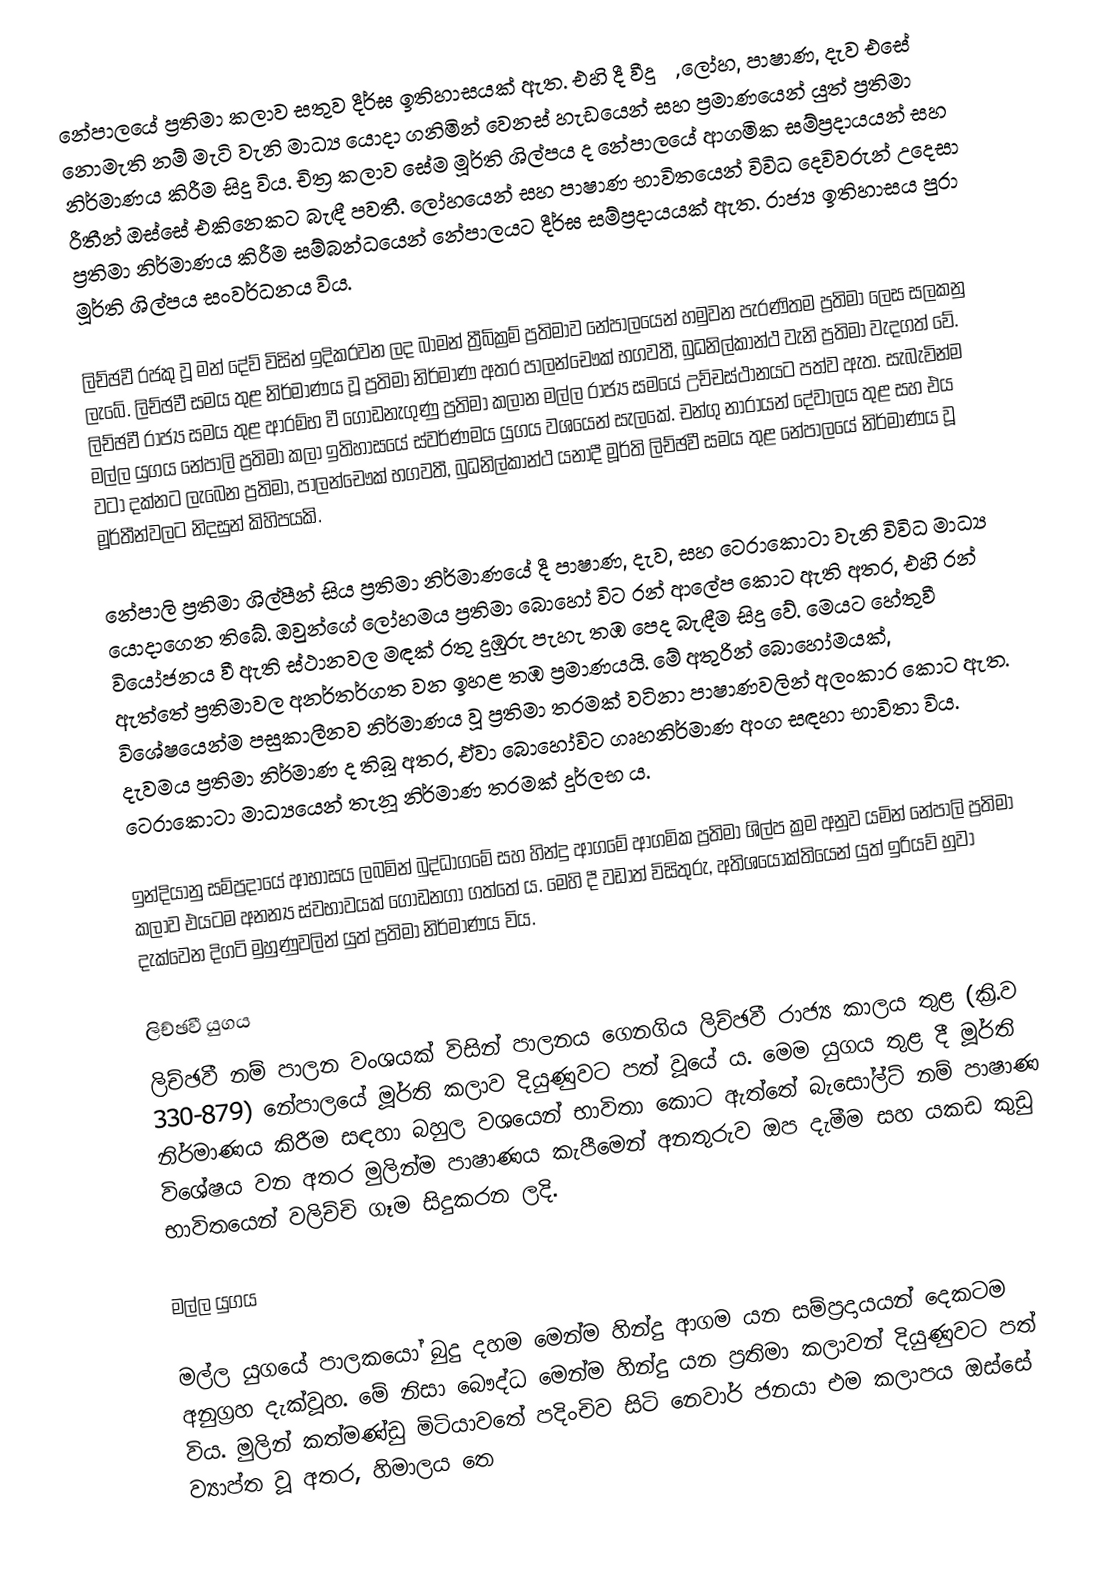
නේපාලයේ ප්‍රතිමා කලාව සතුව දීර්ඝ ඉතිහාසයක් ඇත. එහි දී වීදුරු, ලෝහ, පාෂාණ, දැව එසේ නොමැති නම් මැටි වැනි මාධ්‍ය යොදා ගනිමින් වෙනස් හැඩයෙන් සහ ප්‍රමාණයෙන් යුත් ප්‍රතිමා නිර්මාණය කිරීම සිදු විය. චිත්‍ර කලාව සේම මූර්ති ශිල්පය ද නේපාලයේ ආගමික සම්ප්‍රදායයන් සහ රීතීන්  ඔස්සේ එකිනෙකට බැඳී පවතී. ලෝහයෙන් සහ පාෂාණ භාවිතයෙන් විවිධ දෙවිවරුන් උදෙසා ප්‍රතිමා නිර්මාණය කිරීම සම්බන්ධයෙන් නේපාලයට දීර්ඝ සම්ප්‍රදායයක් ඇත. රාජ්‍ය ඉතිහාසය පුරා මූර්ති ශිල්පය සංවර්ධනය විය.

ලිච්ඡවී රජකු වූ මන් දේව් විසින් ඉදිකරවන ලද බාමන් ත්‍රීබික්‍රම් ප්‍රතිමාව නේපාලයෙන් හමුවන පැරණිතම ප්‍රතිමා ලෙස සලකනු ලැබේ. ලිච්ඡවී සමය තුළ නිර්මාණය වූ ප්‍රතිමා නිර්මාණ අතර පාලන්චෞක් භගවතී, බුධනිල්කාන්ථ වැනි ප්‍රතිමා වැදගත් වේ. ලිච්ඡවී රාජ්‍ය සමය තුළ ආරම්භ වී ගොඩනැගුණු ප්‍රතිමා කලාන මල්ල රාජ්‍ය සමයේ උච්චස්ථානයට පත්ව ඇත. සැබැවින්ම මල්ල යුගය නේපාලි ප්‍රතිමා කලා ඉතිහාසයේ ස්වර්ණමය යුගය වශයෙන් සැලකේ. චන්ගු නාරායන් දේවාලය තුළ සහ එය වටා දක්නට ලැබෙන ප්‍රතිමා, පාලන්චෞක් භගවතී, බුධනිල්කාන්ථ යනාදී මූර්ති ලිච්ඡවී සමය තුළ නේපාලයේ නිර්මාණය වූ මූර්තීන්වලට නිදසුන් කිහිපයකි.

නේපාලි ප්‍රතිමා ශිල්පීන් සිය ප්‍රතිමා නිර්මාණයේ දී පාෂාණ, දැව, සහ ටෙරාකොටා වැනි විවිධ මාධ්‍ය යොදාගෙන තිබේ. ඔවුන්ගේ ලෝහමය ප්‍රතිමා බොහෝ විට රන් ආලේප කොට ඇති අතර, එහි රන් වියෝජනය වී ඇති ස්ථානවල මඳක් රතු දුඹුරු පැහැ තඹ පෙද බැඳීම සිදු වේ. මෙයට හේතුවී ඇත්තේ ප්‍රතිමාවල අනර්තර්ගත වන ඉහළ තඹ ප්‍රමාණයයි. මේ අතුරින් බොහෝමයක්, විශේෂයෙන්ම පසුකාලීනව නිර්මාණය වූ ප්‍රතිමා තරමක් වටිනා පාෂාණවලින් අලංකාර කොට ඇත. දැවමය ප්‍රතිමා නිර්මාණ ද තිබූ අතර, ඒවා බොහෝවිට ගෘහනිර්මාණ අංග සඳහා භාවිතා විය. ටෙරාකොටා මාධ්‍යයෙන් තැනූ නිර්මාණ තරමක් දුර්ලභ ය.

ඉන්දියානු සම්ප්‍රදායේ ආභාසය ලබමින් බුද්ධාගමේ සහ හින්දු ආගමේ ආගමික ප්‍රතිමා ශිල්ප ක්‍රම අනුව යමින් නේපාලි ප්‍රතිමා කලාව එයටම අනන්‍ය ස්වභාවයක් ගොඩනගා ගත්තේ ය. මෙහි දී වඩාත් විසිතුරු, අතිශයෝක්තියෙන් යුත් ඉරියව් හුවා දැක්වෙන දිගටි මුහුණුවලින් යුත් ප්‍රතිමා නිර්මාණය විය.

ලිච්ඡවී යුගය
ලිච්ඡවී නම් පාලන වංශයක් විසින් පාලනය ගෙනගිය ලිච්ඡවී රාජ්‍ය කාලය තුළ (ක්‍රි.ව 330-879) නේපාලයේ මූර්ති කලාව දියුණුවට පත් වූයේ ය. මෙම යුගය තුළ දී මූර්ති නිර්මාණය කිරීම සඳහා බහුල වශයෙන් භාවිතා කොට ඇත්තේ බැසෝල්ට් නම් පාෂාණ විශේෂය වන අතර මුලින්ම පාෂාණය කැපීමෙන් අනතුරුව ඔප දැමීම සහ යකඩ කුඩු භාවිතයෙන් වලිච්චි ගෑම සිදුකරන ලදි.

මල්ල යුගය

මල්ල යුගයේ පාලකයෝ බුදු දහම මෙන්ම හින්දු ආගම යන සම්ප්‍රදායයන් දෙකටම අනුග්‍රහ දැක්වූහ. මේ නිසා ‍බෞද්ධ මෙන්ම හින්දු යන ප්‍රතිමා කලාවන් දියුණුවට පත් විය. මුලින් කත්මණ්ඩු මිටියාවතේ පදිංචිව සිටි නෙවාර් ජනයා එම කලාපය ඔස්සේ ව්‍යාප්ත වූ අතර, හිමාලය තෙ